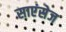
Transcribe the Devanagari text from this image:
साएंसेज